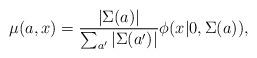
LaTeX: \begin{align*}\mu(a,x)=\frac{|\Sigma(a)|^{}}{\sum_{a'}|\Sigma(a')|^{}}\phi(x|0,\Sigma(a)),\end{align*}